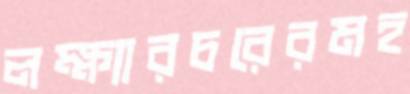
লক্ষ্যারচরেরমহ